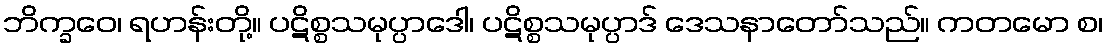
ဘိက္ခဝေ၊ ရဟန်းတို့။ ပဋိစ္စသမုပ္ပာဒေါ၊ ပဋိစ္စသမုပ္ပာဒ် ဒေသနာတော်သည်။ ကတမော စ၊